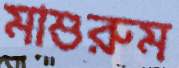
মাশুরুম